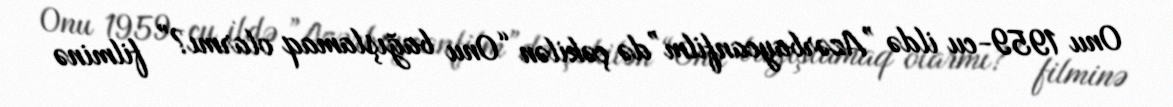
Onu 1959-cu ildə ”Azərbaycanfilm”də çəkilən “Onu bağışlamaq olarmı?” filminə